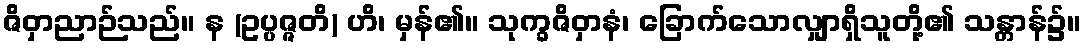
ဇိဝှာညာဉ်သည်။ န (ဥပ္ပဇ္ဇတိ) ဟိ၊ မှန်၏။ သုက္ခဇိဝှာနံ၊ ခြောက်သောလျှာရှိသူတို့၏ သန္တာန်၌။